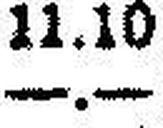
—.—